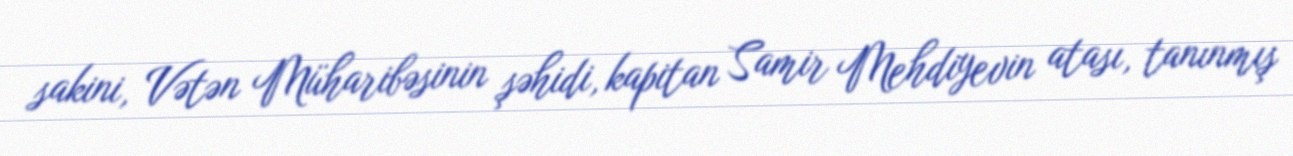
sakini, Vətən Müharibəsinin şəhidi, kapitan Samir Mehdiyevin atası, tanınmış